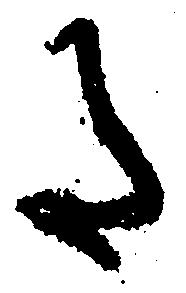
た